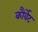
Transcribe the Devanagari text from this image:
कौर्वेट